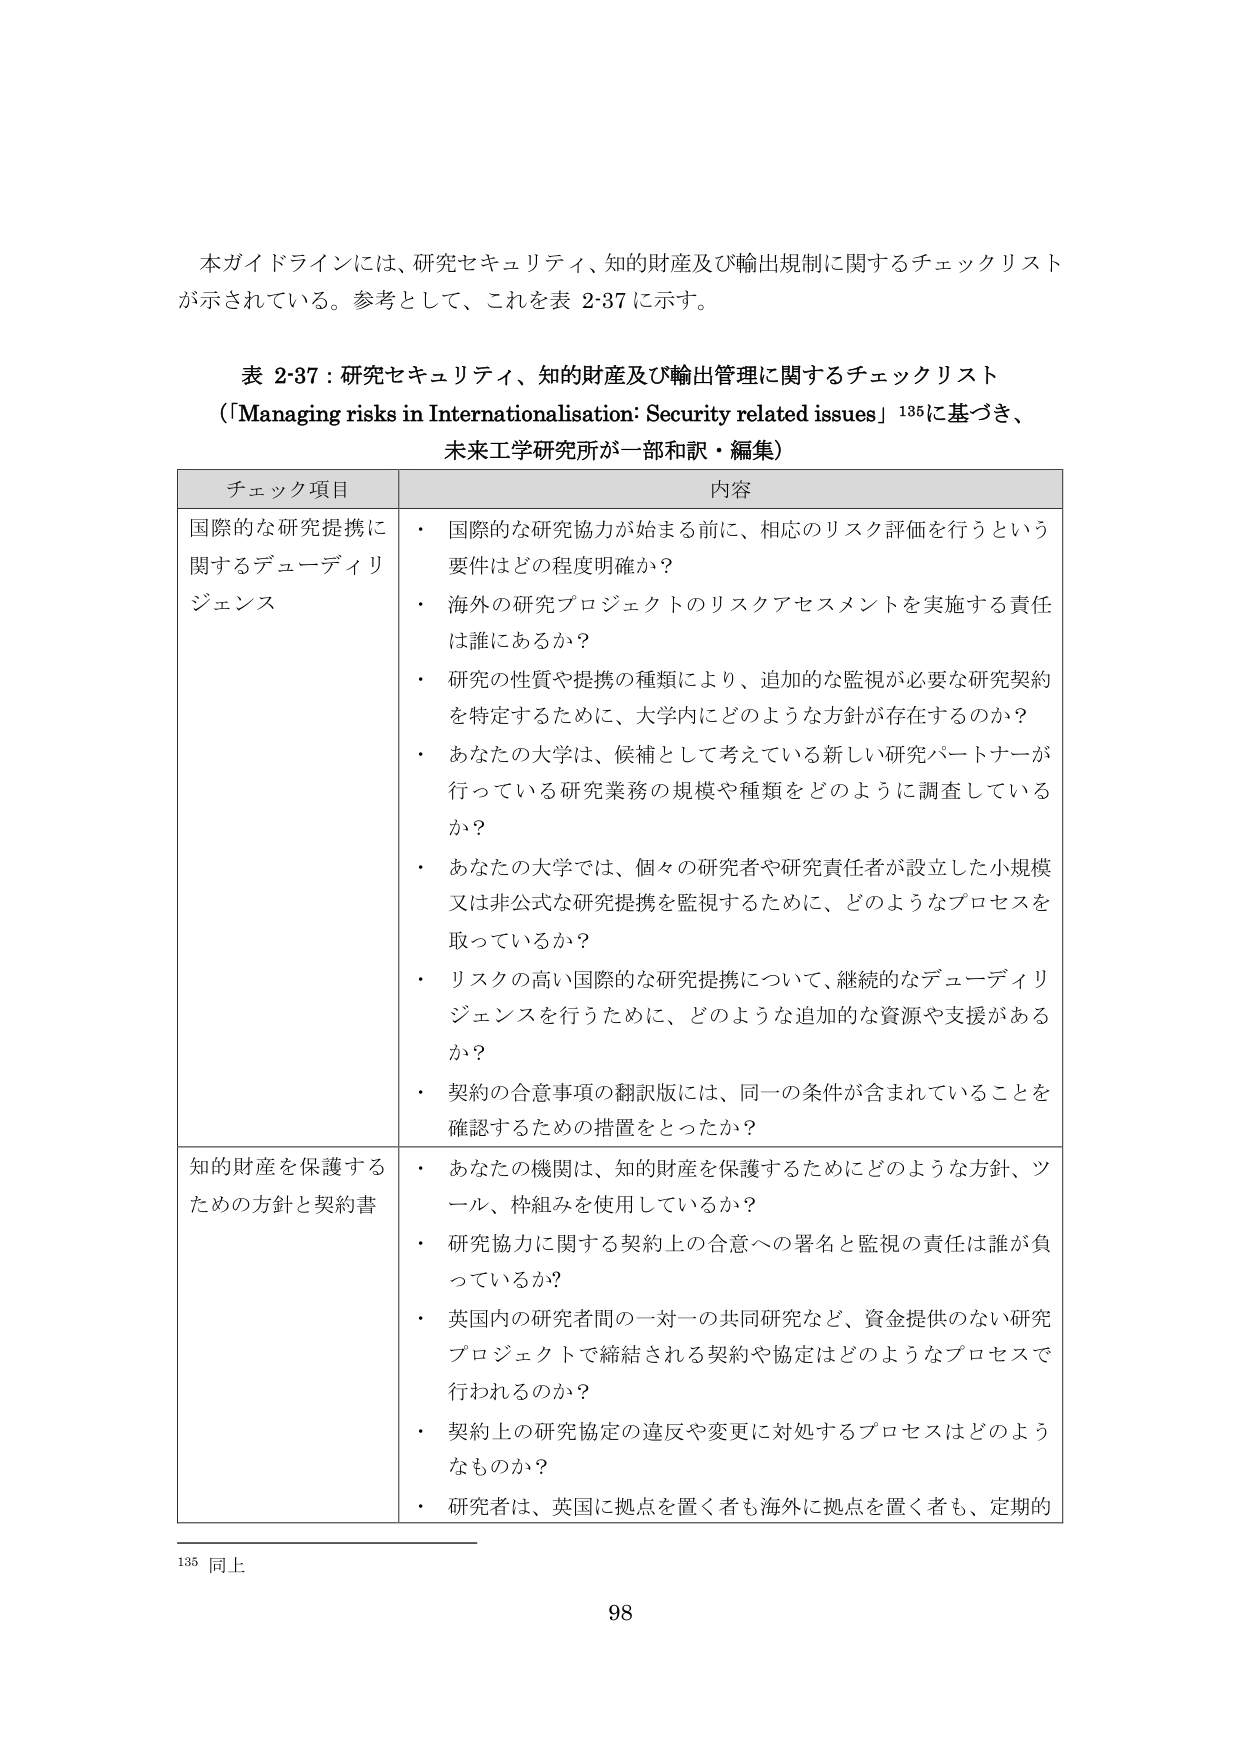
本ガイドラインには、研究セキュリティ、知的財産及び輸出規制に関するチェックリストが示されている。参考として、これを表 2-37 に示す。

表 2-37：研究セキュリティ、知的財産及び輸出管理に関するチェックリスト
（「Managing risks in Internationalisation: Security related issues」135に基づき、
未来工学研究所が一部和訳・編集）

チェック項目 内容

国際的な研究提携に関するデューディリジェンス
・ 国際的な研究協力が始まる前に、相応のリスク評価を行うという要件はどの程度明確か？
・ 海外の研究プロジェクトのリスクアセスメントを実施する責任は誰にあるか？
・ 研究の性質や提携の種類により、追加的な監視が必要な研究契約を特定するために、大学内にどのような方針が存在するのか？
・ あなたの大学は、候補として考えている新しい研究パートナーが行っている研究業務の規模や種類をどのように調査しているか？
・ あなたの大学では、個々の研究者や研究責任者が設立した小規模又は非公式な研究提携を監視するために、どのようなプロセスを取っているか？
・ リスクの高い国際的な研究提携について、継続的なデューディリジェンスを行うために、どのような追加的な資源や支援があるか？
・ 契約の合意事項の翻訳版には、同一の条件が含まれていることを確認するための措置をとったか？

知的財産を保護するための方針と契約書
・ あなたの機関は、知的財産を保護するためにどのような方針、ツール、枠組みを使用しているか？
・ 研究協力に関する契約上の合意への署名と監視の責任は誰が負っているか？
・ 英国内の研究者間の一対一の共同研究など、資金提供のない研究プロジェクトで締結される契約や協定はどのようなプロセスで行われるのか？
・ 契約上の研究協定の違反や変更に対処するプロセスはどのようなものか？
・ 研究者は、英国に拠点を置く者も海外に拠点を置く者も、定期的

135 同上

98